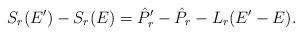
LaTeX: \begin{align*}S_r(E')-S_r(E)=\hat P_r'-\hat P_r-L_r(E'-E).\end{align*}